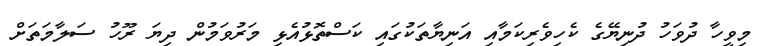
މިވީހާ ދުވަހު ދުނިޔޭގެ ކެހިވެރިކަމާއި އަނިޔާތަކުގައި ކަސްތޮޅުއެޅި މަރުވަމުން ދިޔަ ރޫހު ސަލާމަތަށް